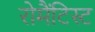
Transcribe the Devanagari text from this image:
रोमैंटिस्ट